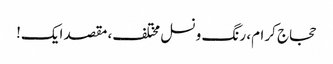
حجاج کرام، رنگ و نسل مختلف، مقصد ایک!